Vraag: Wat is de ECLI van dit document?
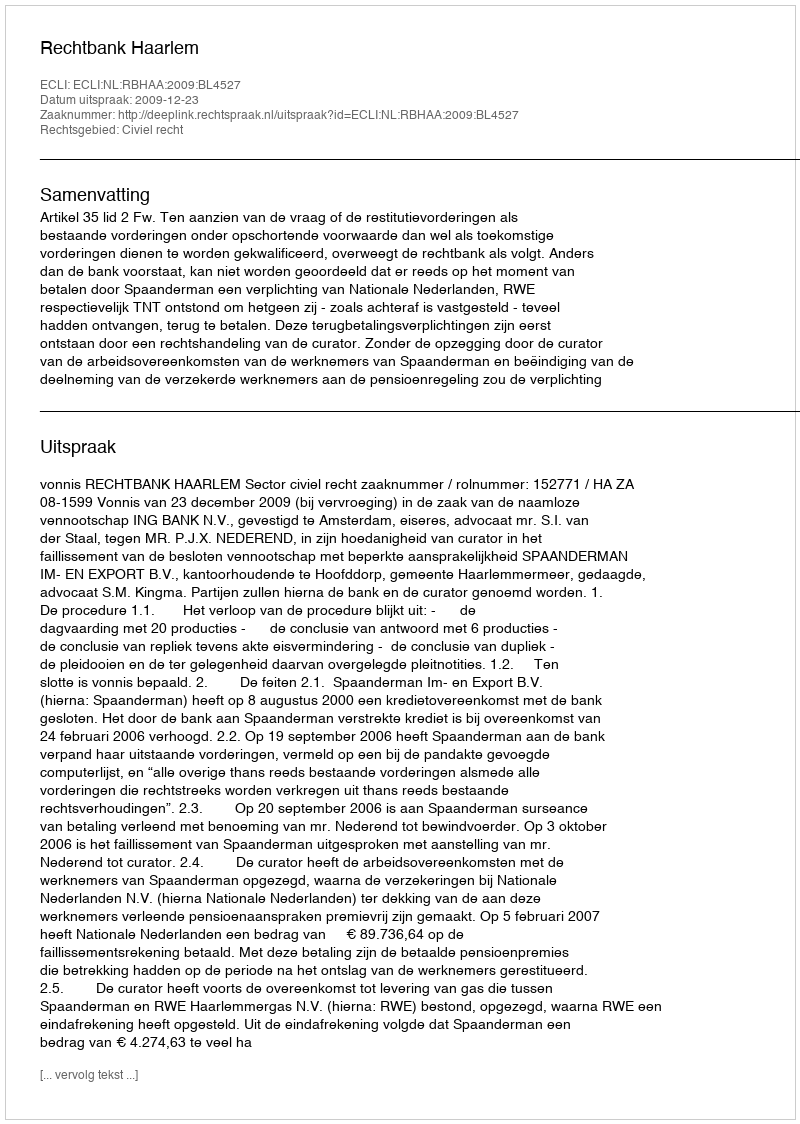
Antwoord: ECLI:NL:RBHAA:2009:BL4527